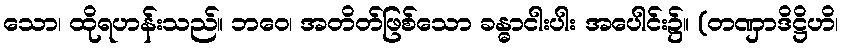
သော၊ ထိုရဟန်းသည်။ ဘဝေ၊ အတိတ်ဖြစ်သော ခန္ဓာငါးပါး အပေါင်း၌။ (တဏှာဒိဋ္ဌိဟိ၊